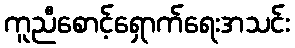
ကူညီစောင့်ရှောက်ရေးအသင်း